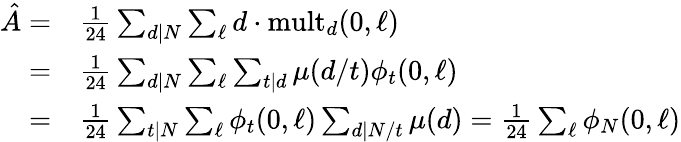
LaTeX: \begin{array}{rl}{\hat{A}=}&{\frac{1}{24}\sum_{d|N}\sum_{\ell}d\cdot\mathrm{mult}_{d}(0,\ell)}\\ {=}&{\frac{1}{24}\sum_{d|N}\sum_{\ell}\sum_{t|d}\mu(d/t)\phi_{t}(0,\ell)}\\ {=}&{\frac{1}{24}\sum_{t|N}\sum_{\ell}\phi_{t}(0,\ell)\sum_{d|N/t}\mu(d)=\frac{1}{24}\sum_{\ell}\phi_{N}(0,\ell)}\end{array}